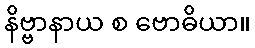
နိဗ္ဗာနာယ စ ဗောဓိယာ။